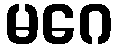
မဂေ